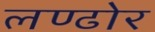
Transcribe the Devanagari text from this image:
लण्ढोर